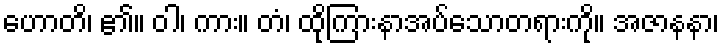
ဟောတိ၊ ၏။ ဝါ၊ ကား။ တံ၊ ထိုကြားနာအပ်သောတရားကို။ အဇာနနာ၊